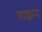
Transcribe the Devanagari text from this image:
बांझन